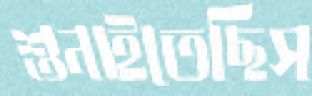
শুনাইতেছিস